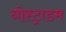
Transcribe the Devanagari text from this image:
नोस्ट्राडम